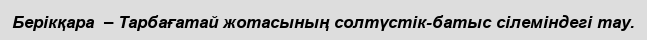
Берікқара  – Тарбағатай жотасының солтүстік-батыс сілеміндегі тау.